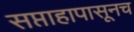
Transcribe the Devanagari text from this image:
सप्ताहापासूनच